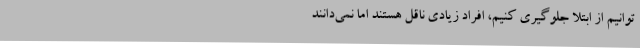
‌توانیم از ابتلا جلوگیری کنیم، افراد زیادی ناقل هستند اما نمی‌دانند